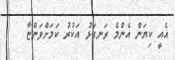
އެއީ ކިޔަން އެންމެ ރަނގަޅު އަކުރު ކަމަށްވަންޏާ